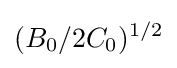
(B_{0}/2C_{0})^{1/2}